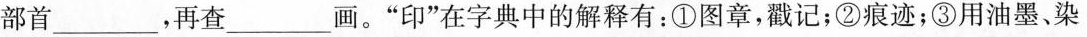
部首___，再查___画。”印”在字典中的解释有：①图章，戳记；②痕迹；③用油墨、染